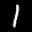
Label: 1